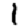
Digit: 1